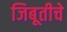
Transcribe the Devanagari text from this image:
जिबूतीचे